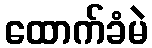
ထောက်ခံမဲ